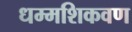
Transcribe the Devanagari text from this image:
धम्मशिकवण